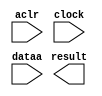
// megafunction wizard: %ALTFP_CONVERT%VBB%
// GENERATION: STANDARD
// VERSION: WM1.0
// MODULE: ALTFP_CONVERT 

// ============================================================
// Megafunction Name(s):
// 			ALTFP_CONVERT
//
// Simulation Library Files(s):
// 			lpm
// ============================================================
// ************************************************************
// THIS IS A WIZARD-GENERATED FILE. DO NOT EDIT THIS FILE!
//
// 15.1.0 Build 185 10/21/2015 SJ Lite Edition
// ************************************************************

//Copyright (C) 1991-2015 Altera Corporation. All rights reserved.
//Your use of Altera Corporation's design tools, logic functions 
//and other software and tools, and its AMPP partner logic 
//functions, and any output files from any of the foregoing 
//(including device programming or simulation files), and any 
//associated documentation or information are expressly subject 
//to the terms and conditions of the Altera Program License 
//Subscription Agreement, the Altera Quartus Prime License Agreement,
//the Altera MegaCore Function License Agreement, or other 
//applicable license agreement, including, without limitation, 
//that your use is for the sole purpose of programming logic 
//devices manufactured by Altera and sold by Altera or its 
//authorized distributors.  Please refer to the applicable 
//agreement for further details.

module fp64int64conv (
	aclr,
	clock,
	dataa,
	result)/* synthesis synthesis_clearbox = 1 */;

	input	  aclr;
	input	  clock;
	input	[63:0]  dataa;
	output	[63:0]  result;

endmodule

// ============================================================
// CNX file retrieval info
// ============================================================
// Retrieval info: LIBRARY: altera_mf altera_mf.altera_mf_components.all
// Retrieval info: PRIVATE: INTENDED_DEVICE_FAMILY STRING "Cyclone IV E"
// Retrieval info: CONSTANT: INTENDED_DEVICE_FAMILY STRING "Cyclone IV E"
// Retrieval info: CONSTANT: LPM_HINT STRING "UNUSED"
// Retrieval info: CONSTANT: LPM_TYPE STRING "altfp_convert"
// Retrieval info: CONSTANT: OPERATION STRING "FLOAT2INT"
// Retrieval info: CONSTANT: ROUNDING STRING "TO_NEAREST"
// Retrieval info: CONSTANT: WIDTH_DATA NUMERIC "64"
// Retrieval info: CONSTANT: WIDTH_EXP_INPUT NUMERIC "11"
// Retrieval info: CONSTANT: WIDTH_EXP_OUTPUT NUMERIC "8"
// Retrieval info: CONSTANT: WIDTH_INT NUMERIC "64"
// Retrieval info: CONSTANT: WIDTH_MAN_INPUT NUMERIC "52"
// Retrieval info: CONSTANT: WIDTH_MAN_OUTPUT NUMERIC "23"
// Retrieval info: CONSTANT: WIDTH_RESULT NUMERIC "64"
// Retrieval info: USED_PORT: aclr 0 0 0 0 INPUT NODEFVAL "aclr"
// Retrieval info: CONNECT: @aclr 0 0 0 0 aclr 0 0 0 0
// Retrieval info: USED_PORT: clock 0 0 0 0 INPUT NODEFVAL "clock"
// Retrieval info: CONNECT: @clock 0 0 0 0 clock 0 0 0 0
// Retrieval info: USED_PORT: dataa 0 0 64 0 INPUT NODEFVAL "dataa[63..0]"
// Retrieval info: CONNECT: @dataa 0 0 64 0 dataa 0 0 64 0
// Retrieval info: USED_PORT: result 0 0 64 0 OUTPUT NODEFVAL "result[63..0]"
// Retrieval info: CONNECT: result 0 0 64 0 @result 0 0 64 0
// Retrieval info: GEN_FILE: TYPE_NORMAL fp64int64conv.v TRUE FALSE
// Retrieval info: GEN_FILE: TYPE_NORMAL fp64int64conv.qip TRUE FALSE
// Retrieval info: GEN_FILE: TYPE_NORMAL fp64int64conv.bsf FALSE TRUE
// Retrieval info: GEN_FILE: TYPE_NORMAL fp64int64conv_inst.v TRUE TRUE
// Retrieval info: GEN_FILE: TYPE_NORMAL fp64int64conv_bb.v TRUE TRUE
// Retrieval info: GEN_FILE: TYPE_NORMAL fp64int64conv.inc FALSE TRUE
// Retrieval info: GEN_FILE: TYPE_NORMAL fp64int64conv.cmp FALSE TRUE
// Retrieval info: LIB_FILE: lpm